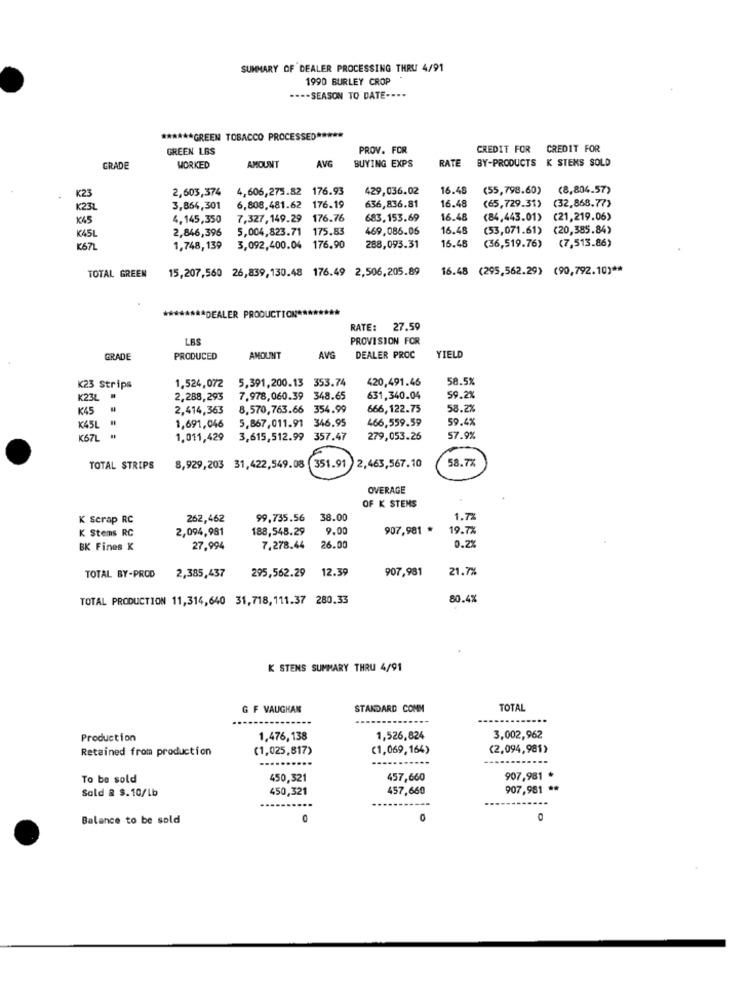
SUMMARY OF DEALER PROCESSING THRU 4/91
1990 BURLEY CROP
---- SEASON TO DATE ----
****** GREEN TOBACCO PROCESSED *****
GREEN LBS
PROV. FOR
CREDIT FOR CREDIT FOR
AVG
RATE
BY-PRODUCTS K STEKS SOLD
GRADE
WORKED
AMOUNT
BUYING EXPS
K23
2,603,374
4,606,275.82 176.93
429,036.02
16.48
(55,798.60)
(8,804.57)
16.48
(65,729.31) (32,868.77)
K23L
3,864,301
6,808,481.62 176.19
636,836.81
145
4,145,350
7,327,149.29 176.76
683,153.69
16.48
(84,443.01) (21,219.06)
2,846,396
5,004,823.71 175.83
469,086.06
16.48
(53,071.61)
(20,385.84)
K45L
16.48
(36,519.76)
(7,513.86)
K67L
1,748,139
3,092,400.04 176.90
288,093.31
15,207,560 26,839,130.48 176.49 2,506,205.89
16.48 (295,562.29) (90,792.10) **
TOTAL GREEN
******** DEALER PRODUCTION ****
RATE: 27.59
LAS
PROVISION FOR
GRADE
PRODUCED
AMOUNT
AVG
DEALER PROC
YIELD
1,524,072
5,391,200.13 353.74
420,491.46
58.5%
<23 Strips
K23L
2,288,293
7,978,060.39 348.65
631,340.04
59.2%
₭45
2,414,363
8.570,763.66 354.99
666,122.75
58.27
1,691,046
5,867,011.91 346.95
466,559.59
59.4%
K45L
K67L
1.011,429
3,615,512.99 357.47
279,053.26
57.9%
58.7%
TOTAL STRIPS
8,929,203 31,422,549.08 351.91 2,463,567.10
OVERAGE
OF K STENS
K Scrap RC
262,462
99,735.56
38.00
1.7%
K Stems RC
2,094,981
188,548.29
9.00
907,981 *
19.7%
0.2%
BK Fines K
27.994
7,278.44
26.00
295,562.29
12.39
907,981
21.7%
TOTAL BY-PROD
2,385,437
TOTAL PRODUCTION 11,314,640 31,718,111.37 280.33
80.4%
K STENS SUMMARY THRU 4/91
G F VAUGHAN
STANDARD COMM
TOTAL
Production
1,476,138
1,526,824
3,002,962
Retained from production
(1,025,817)
(1,069,164)
(2,094,981)
.....
To be sold
450,321
457,660
907,981 *
Sold & $. 10/lb
450,321
457,660
907,981 **
Balance to be sold
0